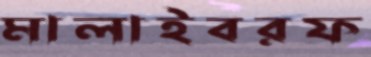
মালাইবরফ